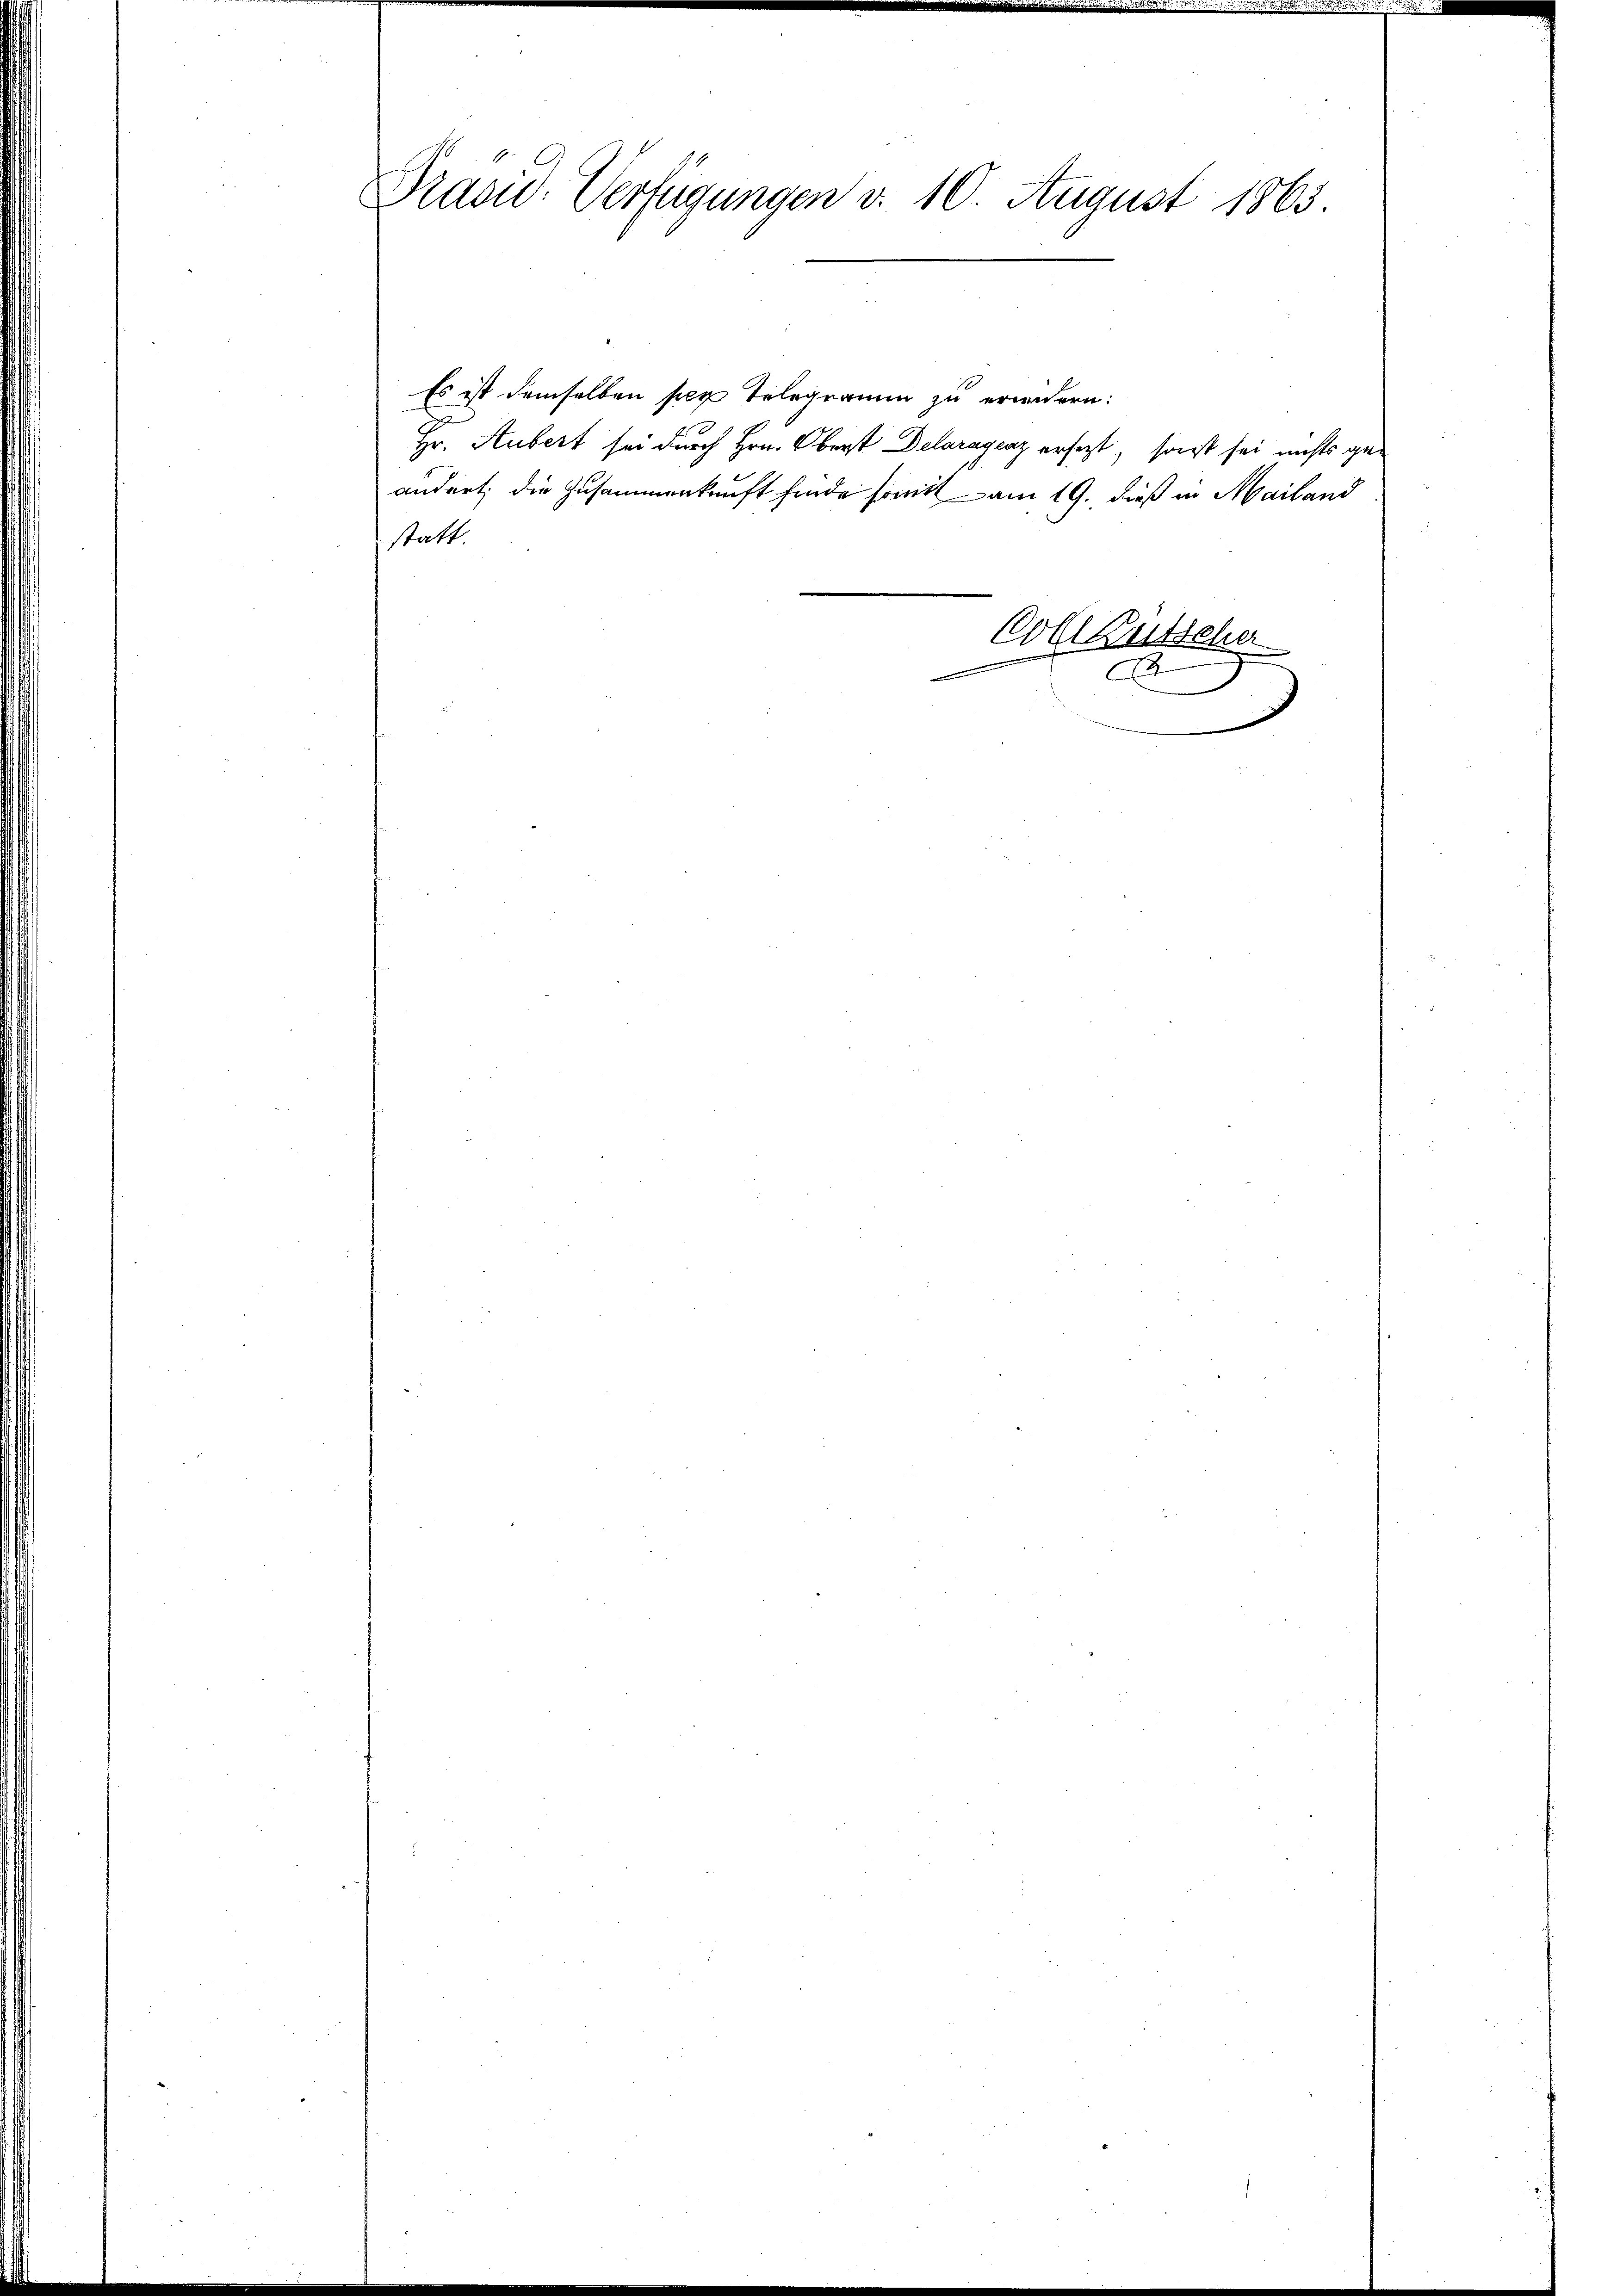
Präsid. Verfügungen d. 10. August 1863.

Es ist demselben per Telegramm zu erindern:
Hr. Aubert sei durch Hrn. Oberst Delaragenz ersezt, sonst sei nichts geändert, die Zusammenkunft finde somit am 19. dieß in Mailand
statt.
Coll Gutscher
A